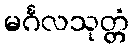
မင်္ဂလသုတ္တံ